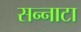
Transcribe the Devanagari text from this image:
सन्‍नाटा